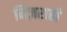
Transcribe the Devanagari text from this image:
मिज़राही